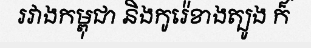
រវាងកម្ពុជា និងកូរ៉េខាងត្បូង ក៏